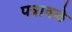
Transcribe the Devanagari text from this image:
पत्रावळे